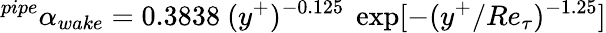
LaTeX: ^{pipe}\alpha_{wake}=0.3838~(y^{+})^{-0.125}~\exp[-(y^{+}/Re_{\tau})^{-1.25}]